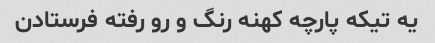
یه تیکه پارچه کهنه رنگ و رو رفته فرستادن